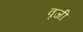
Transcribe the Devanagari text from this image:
वृजी